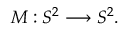
{ \cal { M } } : { \cal { S } } ^ { 2 } \longrightarrow { \cal S } ^ { 2 } .